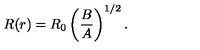
R ( r ) = R _ { 0 } \left( \frac { B } { A } \right) ^ { 1 / 2 } .